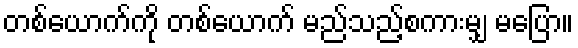
တစ်ယောက်ကို တစ်ယောက် မည်သည့်စကားမျှ မပြော။